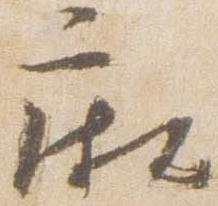
廂